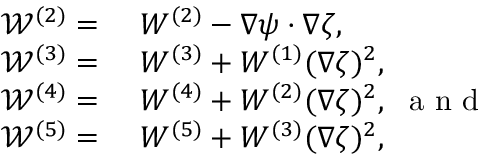
\begin{array} { r l } { \mathcal { W } ^ { ( 2 ) } = ~ } & { { } W ^ { ( 2 ) } - \nabla \psi \cdot \nabla \zeta , ~ } \\ { \mathcal { W } ^ { ( 3 ) } = ~ } & { { } W ^ { ( 3 ) } + W ^ { ( 1 ) } ( \nabla \zeta ) ^ { 2 } , } \\ { \mathcal { W } ^ { ( 4 ) } = ~ } & { { } W ^ { ( 4 ) } + W ^ { ( 2 ) } ( \nabla \zeta ) ^ { 2 } , ~ \mathrm { ~ a ~ n ~ d ~ } ~ } \\ { \mathcal { W } ^ { ( 5 ) } = ~ } & { { } W ^ { ( 5 ) } + W ^ { ( 3 ) } ( \nabla \zeta ) ^ { 2 } , } \end{array}